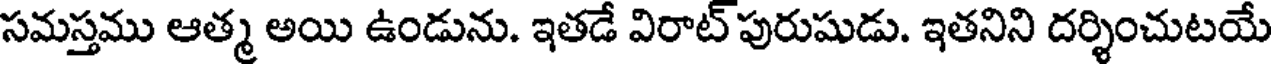
సమస్తము ఆత్మ అయి ఉండును. ఇతడే విరాట్ పురుషుడు. ఇతనిని దర్శించుటయే